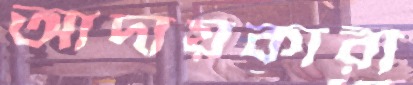
আদায়কারী